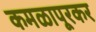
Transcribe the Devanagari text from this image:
कमळापूरकर